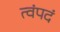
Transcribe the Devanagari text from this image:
त्वंपदं